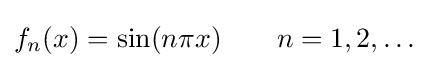
f_{n}(x)=\sin(n\pi x)\qquad n=1,2,\ldots